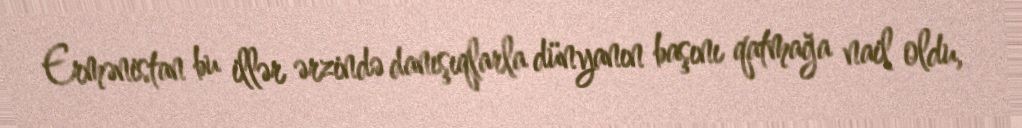
Ermənistan bu illər ərzində danışıqlarla dünyanın başını qatmağa nail oldu,